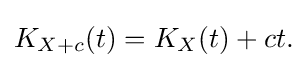
{\textstyle K_{X+c}(t)=K_{X}(t)+ct.}